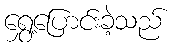
ရွှေ့ပြောင်းခဲ့သည်